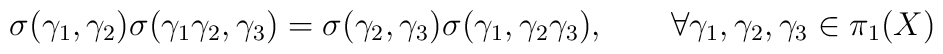
\sigma(\gamma_1, \gamma_2) \sigma(\gamma_1 \gamma_2, \gamma_3) =\sigma(\gamma_2, \gamma_3) \sigma(\gamma_1,\gamma_2 \gamma_3), \qquad \forall \gamma_1, \gamma_2, \gamma_3\in  \pi_1(X)